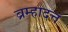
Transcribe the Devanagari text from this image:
ब्रम्हादत्त